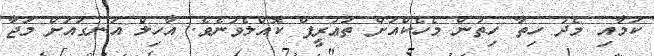
ކަމާއި މެދު ހިތާ ހިތުން މެހެކްއަށް ތަޢުރީފް ކޮއްލެވުނެވެ. އާހިލް އަނގައަށް މަޖާ